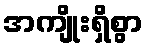
အကျိုးရှိစွာ